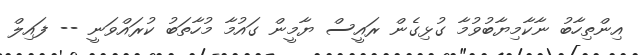
އިންތިހާބު ނާކާމިޔާބުވުމާ ގުޅިގެން ރައީސް ޔާމީން ގައުމާ މުހާތަބު ކުރައްވަނީ -- ފައިލް